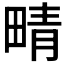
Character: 𤲟